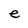
Character: e